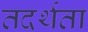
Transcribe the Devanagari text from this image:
तदर्थता